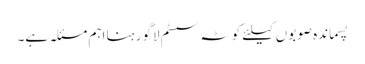
پسماندہ صوبوں کیلئے کوٹہ سسٹم لاگو رہنا اہم مسئلہ ہے۔